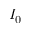
I _ { 0 }